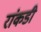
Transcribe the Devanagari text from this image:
रांकडी